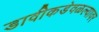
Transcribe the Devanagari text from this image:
डावीकडेवळल्यावर